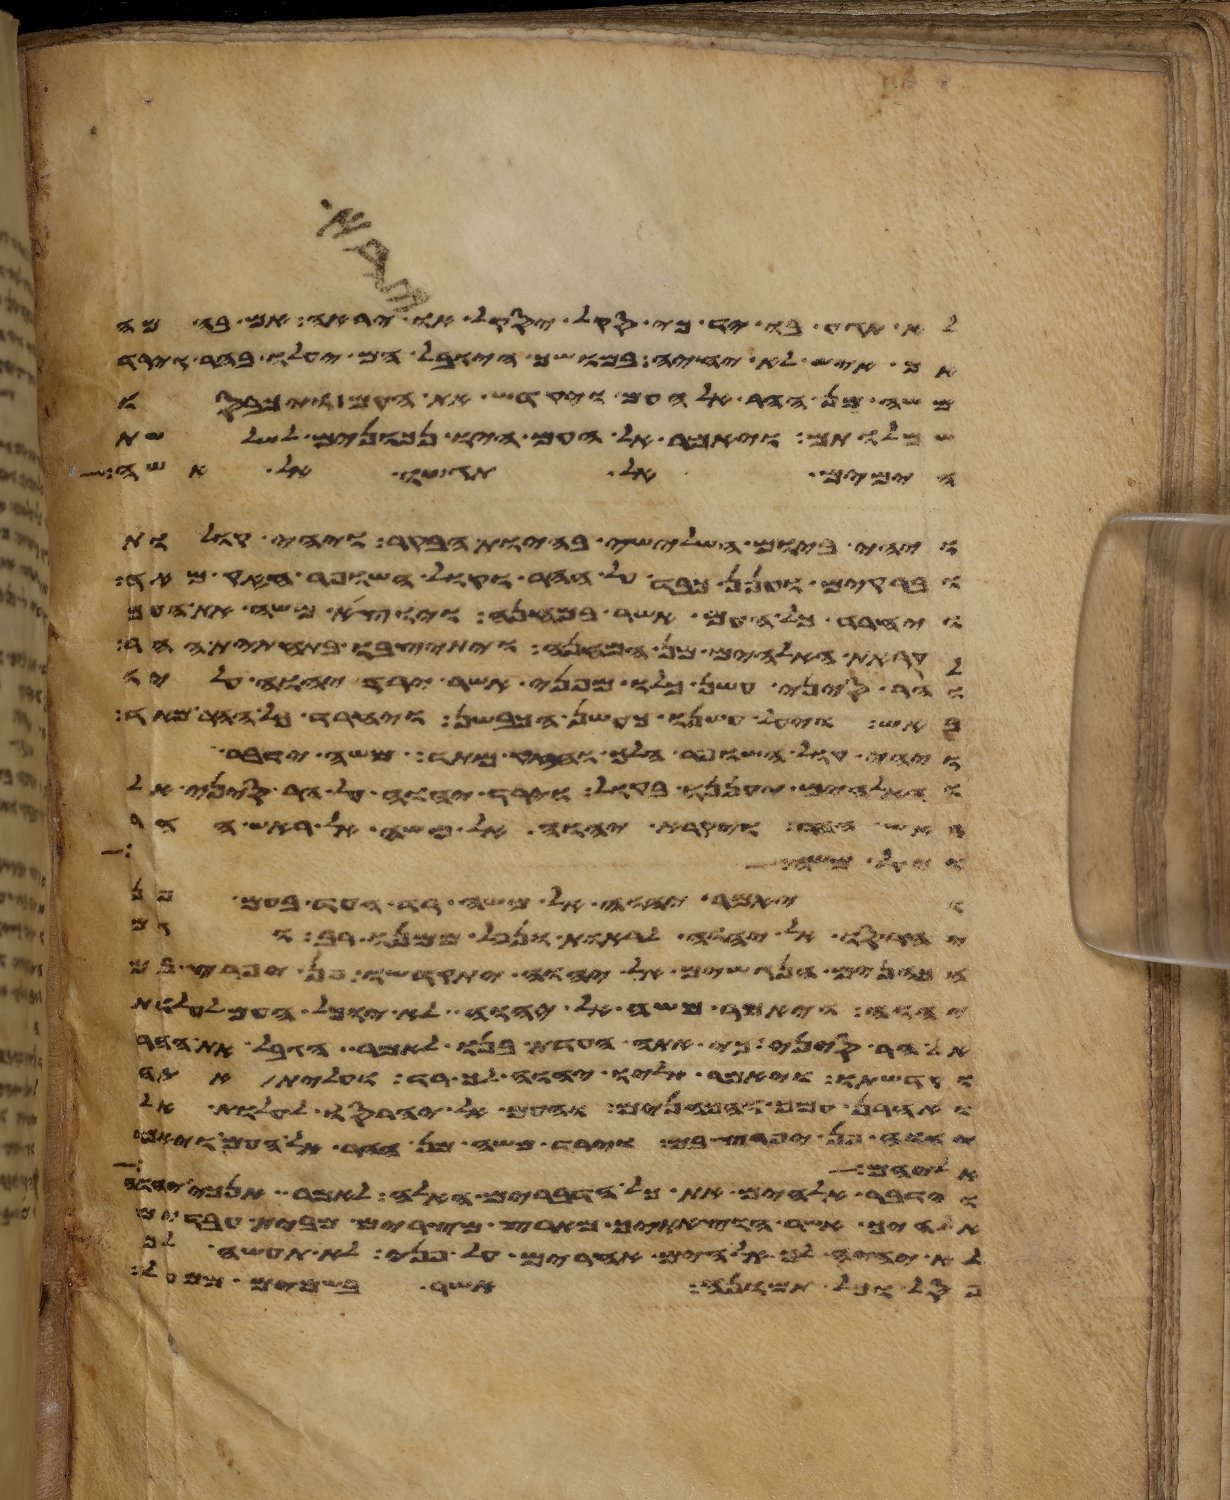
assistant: לא תגע בו יד כי סקל יסקל או ירא יראה אם בהמה
אם איש לא יחיה במושך היובל הם יעלו בהר וירד
משה מן ההר אל העם ויקדש את העם ויכבסו
שמלותם ויאמר אל העם היו נכונים לשלשת
הימים אל תגשו אל אשה
ויהי ביום השלישי בהיות הבקר ויהי קולות
וברקים וענן כבד על ההר וקול השופר חזק מאד
ויחרד כל העם אשר במחנה ויוצא משה את העם
לקראת האלהים מן המחנה ויתיצבו בתחתית ההר
והר סיני עשן כלו מפני אשר ירד יהוה עליו
באש ויעל עשנו כעשן הכבשן ויחרד כל ההר מאד
ויהי קול השופר הלך וחזק מאד משה ידבר
והאלהים יעננו בקול וירד יהוה על הר סיני אל
ראש ההר ויקרא יהוה אל משה אל ראש ההר
ויאל משה
ויאמר יהוה אל משה רד העד בעם פן
יחרסו אל יהוה לראות ונפל ממנו רב וגם
וגם הכהנים הנגשים אל יהוה יתקדשו פן יפרץ בם
יהוה ויאמר משה אל יהוה לא יוכל העם לעלות
אל הר סיני כי אתה העדת בנו לאמר הגבל את ההר
וקדשתו ויאמר אליו יהוה ך רד ועלית אתה
ואהרן עמך והכהנים והעם אל יחרסו לעלות אל
יהוה פן יפרץ בם וירד משה מן ההר אל העם
אישה לו
וידבר אלהים את כל הדברים האלה לאמר אנכי יהוה
אלהיך אשר הוצאתיך מארץ מצרים מבית עבדים
לא יהיה לך אלהים אחרים על פני לא תעשה לך
פסל וכל תמונה אשר בשמים ממעל